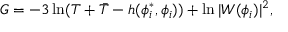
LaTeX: G = - 3 \ln ( T + \bar { T } - h ( \phi _ { i } ^ { * } , \phi _ { i } ) ) + \ln | W ( \phi _ { i } ) | ^ { 2 } ,